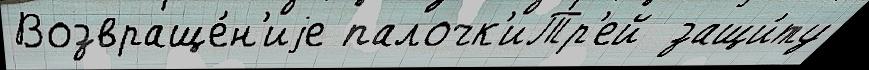
Возвраще́н'иjе палочк'иТр'ей  защи́ту